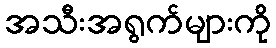
အသီးအရွက်များကို